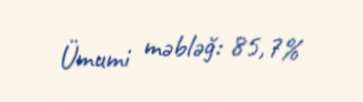
Ümumi məbləğ: 85,7%